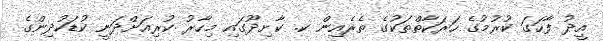
އީދު ފާހަގަ ކުރުމުގެ ހަރަކާތްތަކުގެ ތެރެއިން ކ. ކާށިދޫގައި މިހާރު ކުރިއަށްދަނީ ކުޑަކުދިންގެ